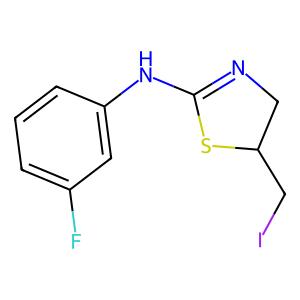
SMILES: Fc1cccc(NC2=NCC(CI)S2)c1
Inhibits HIV replication: No